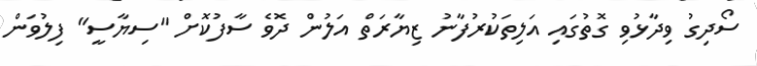
ސޯދިގު ވިދާޅުވި ގޮތުގައި އަލިތަކުރުފާނު ޒިޔާރަތް އަލުން ދޮވެ ސާފުކޮށް "ސިޔާސީ" ފިލުވަން